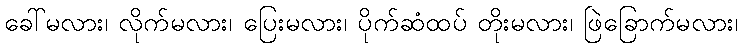
ခေါ်မလား၊ လိုက်မလား၊ ပြေးမလား၊ ပိုက်ဆံထပ် တိုးမလား၊ ဖြဲခြောက်မလား၊